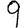
Digit: 9